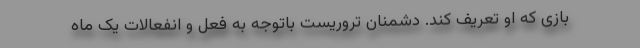
بازی که او تعریف کند. دشمنان تروریست باتوجه به فعل و انفعالات یک ماه